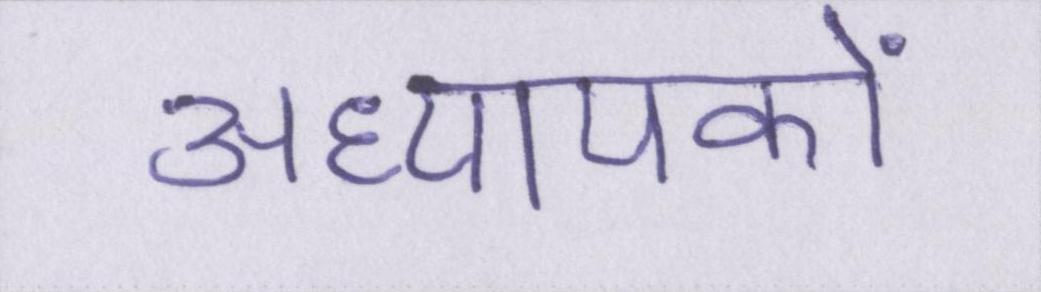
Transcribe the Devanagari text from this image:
अध्यापकों